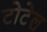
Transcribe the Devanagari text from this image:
टोटेल